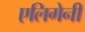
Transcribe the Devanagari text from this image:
एलिगेनी